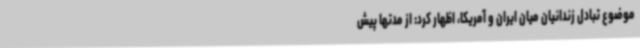
موضوع تبادل زندانیان میان ایران و آمریکا، اظهار کرد: از مدتها پیش